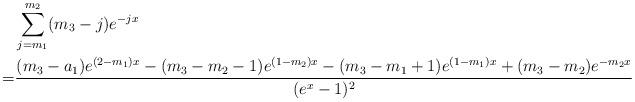
LaTeX: \begin{align*}&\sum_{j=m_{1}}^{m_{2}} (m_{3}-j)e^{-jx} \\=&\frac{(m_{3}-a_{1})e^{(2-m_{1})x}-(m_{3}-m_{2}-1)e^{(1-m_{2})x}-(m_{3}-m_{1}+1)e^{(1-m_{1})x}+(m_{3}-m_{2})e^{-m_{2}x}}{(e^x-1)^2} \end{align*}